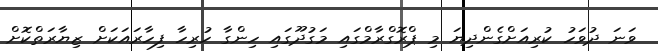
ވަނަ ދުވަހު ކުރިއަށްގެންދިޔަ މި ޕްރޮގްރާމްގައި މަގުދޫގައި ހިންގާ ހުރިހާ ފިހާރައަކަށް ޒިޔާރަތްކޮށް